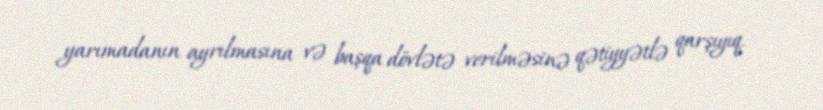
yarımadanın ayrılmasına və başqa dövlətə verilməsinə qətiyyətlə qarşıyıq.